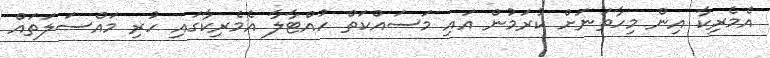
އެމެރިކާ އިން މިހާތަނަށް ކުރަމުން އައި މަސައްކަތް ހުއްޓާލާ އެމެރިކާގައި ހުރި މައްސަލަތައް